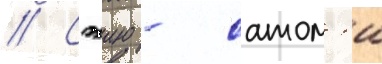
// Сэию - сатом'и